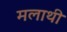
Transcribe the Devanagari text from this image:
मलाथी